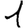
Digit: 1